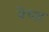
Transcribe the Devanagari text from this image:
बेधड़